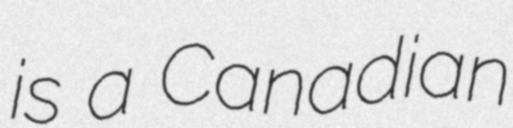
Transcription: is a Canadian